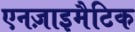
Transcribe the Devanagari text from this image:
एनज़ाइमैटिक